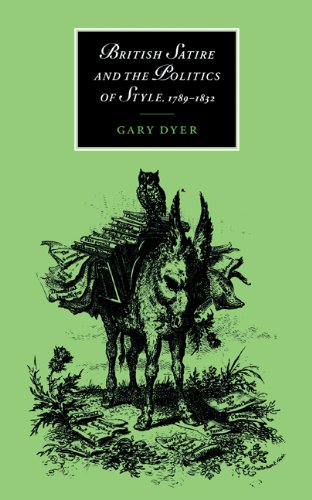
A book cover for British Satire and the Politics of Style, 1789-1832 (Cambridge Studies in Romanticism); Gary Dyer; Humor & Entertainment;